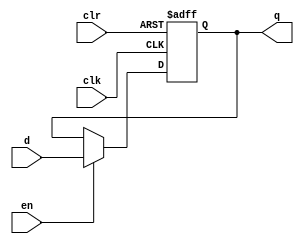
module dffe_32bit(q, d, clk, en, clr);
   // Inputs for clock, enable, clear
   input clk, en, clr;
	input [31:0] d;

   // Output for register output
   output reg [31:0] q;

   // Intialize q to 0
   initial
   begin
       q = 32'h00000000;
   end

   // Set value of q on positive edge of the clock or clear
   always @(posedge clk or posedge clr) 
	begin
		// If clear is high, set q to 0
      if (clr) 
			q <= 32'h00000000;
      // If enable is high, set q to the value of d 
		else if (en) 
			q <= d;
		// If enable is low, the q remain the same
		else
			q <= q;
   end
endmodule